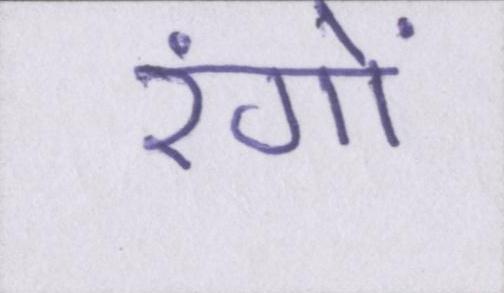
रंगों